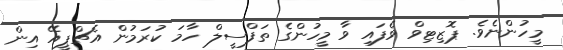
މީހުންނެވެ. ޕޮޒިޓިވް ވެފައި ވާ މީހުންގެ ތަފްސީލް ހާމަ ކުރަމުން އެޗްޕީއޭ އިން